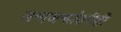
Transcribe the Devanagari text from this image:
जन्मजन्मांतरीही